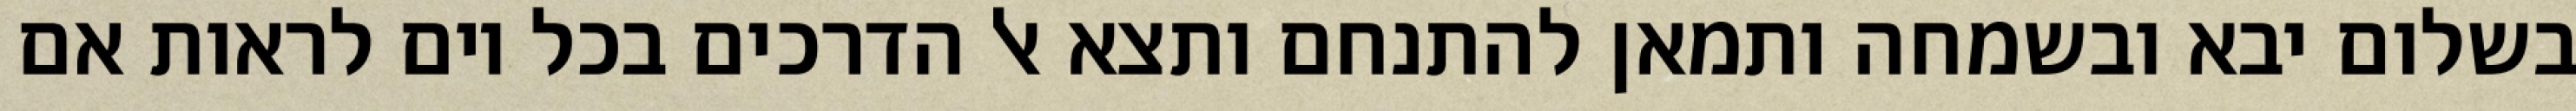
בשלום יבא ובשמחה ותמאן להתנחם ותצא אל הדרכים בכל יום לראות אם